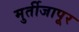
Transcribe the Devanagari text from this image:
मुर्तीजापूर